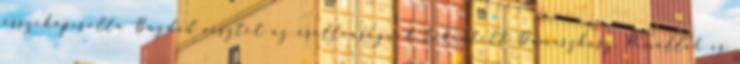
összekapcsolta Bagdad vesztét az ősellenségnek tekintett Damaszkusz, Ramallah és